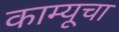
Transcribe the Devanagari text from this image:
काम्यूचा